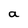
Character: a